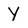
Character: Y